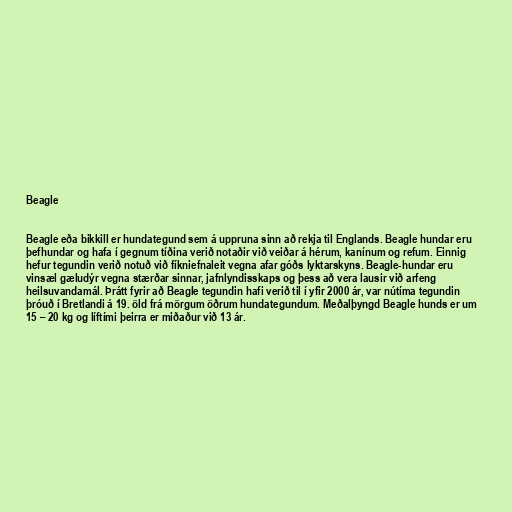
Beagle

Beagle eða bikkill er hundategund sem á uppruna sinn að rekja til Englands. Beagle hundar eru
þefhundar og hafa í gegnum tíðina verið notaðir við veiðar á hérum, kanínum og refum. Einnig
hefur tegundin verið notuð við fíkniefnaleit vegna afar góðs lyktarskyns. Beagle-hundar eru
vinsæl gæludýr vegna stærðar sinnar, jafnlyndisskaps og þess að vera lausir við arfeng
heilsuvandamál. Þrátt fyrir að Beagle tegundin hafi verið til í yfir 2000 ár, var nútíma tegundin
þróuð í Bretlandi á 19. öld frá mörgum öðrum hundategundum. Meðalþyngd Beagle hunds er um
15 – 20 kg og líftími þeirra er miðaður við 13 ár.